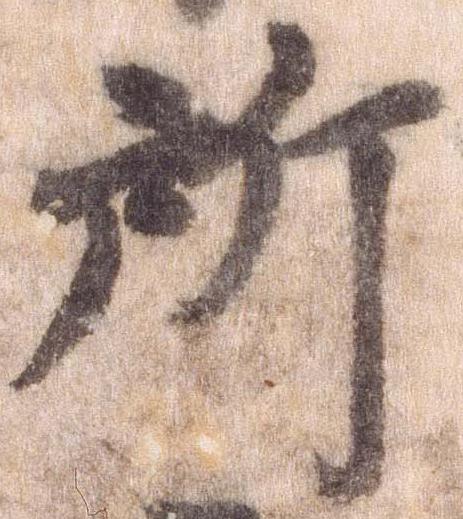
所